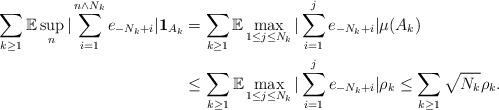
LaTeX: \begin{align*}\sum_{k\geq1}\mathbb{E}\sup_{n}|\sum\limits_{i=1}^{n\wedge N_{k}}e_{-N_{k}+i}|\mathbf{1}_{A_{k}} & =\sum_{k\geq1}\mathbb{E}\max_{1\leq j\leq N_{k}}|\sum\limits_{i=1}^{j}e_{-N_{k}+i}|\mu(A_{k})\\& \leq\sum_{k\geq1}\mathbb{E}\max_{1\leq j\leq N_{k}}|\sum\limits_{i=1}^{j}e_{-N_{k}+i}|\rho_{k}\leq\sum_{k\geq1}\sqrt{N_{k}}\rho_{k}.\end{align*}